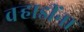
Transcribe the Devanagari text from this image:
वर्‍हाडींना